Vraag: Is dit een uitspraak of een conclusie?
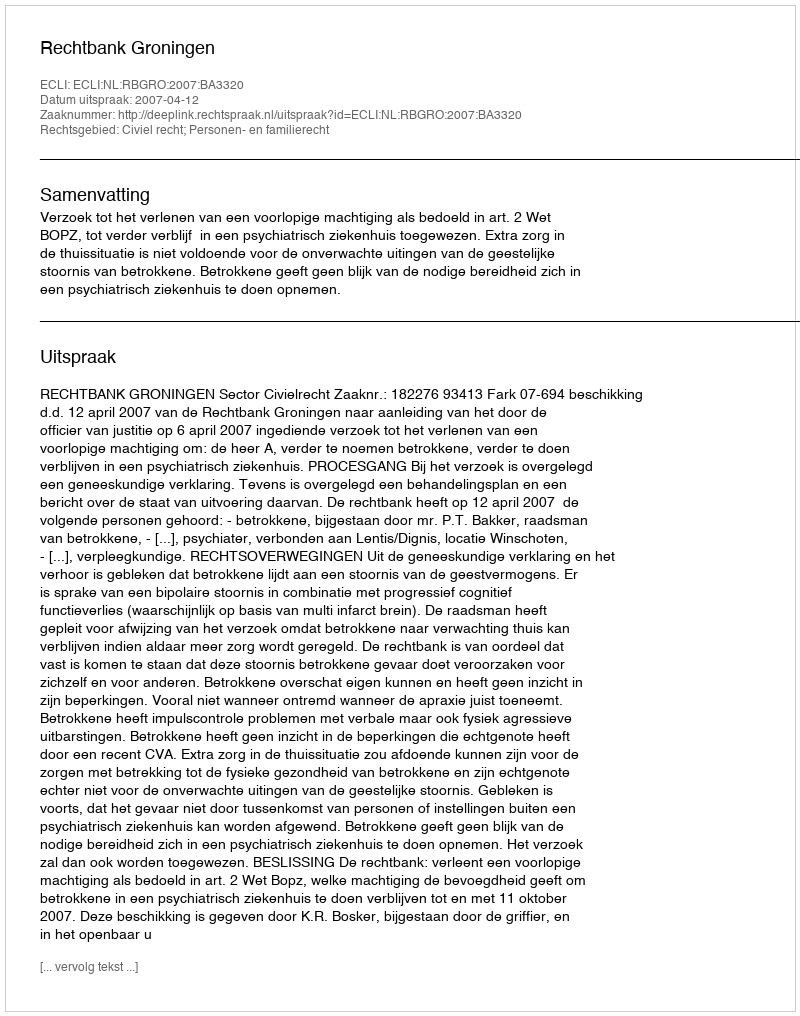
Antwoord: Uitspraak